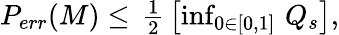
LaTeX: \begin{array}{r}{P_{err}(M)\leq\, \frac{1}{2}\, \left[\operatorname*{inf}_{0\in[0,1]}\, Q_{s}\right],}\end{array}